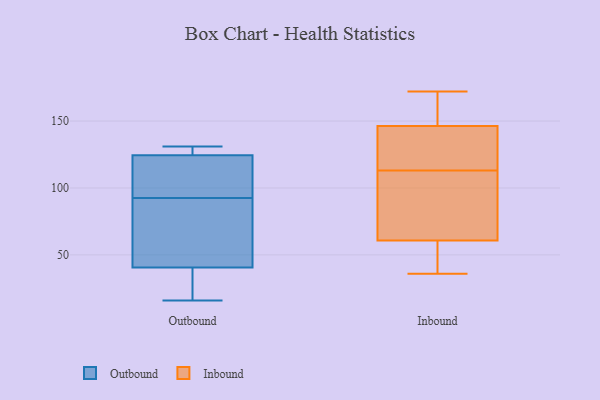
{"axis": {"x": "Latency (ms)", "y": "Value"}, "legend": ["Inbound", "Outbound"], "data": [{"x": "", "y": 16, "type": "Outbound"}, {"x": "", "y": 39, "type": "Outbound"}, {"x": "", "y": 21, "type": "Outbound"}, {"x": "", "y": 75, "type": "Outbound"}, {"x": "", "y": 126, "type": "Outbound"}, {"x": "", "y": 126, "type": "Outbound"}, {"x": "", "y": 50, "type": "Outbound"}, {"x": "", "y": 131, "type": "Outbound"}, {"x": "", "y": 123, "type": "Outbound"}, {"x": "", "y": 114, "type": "Outbound"}, {"x": "", "y": 42, "type": "Outbound"}, {"x": "", "y": 110, "type": "Outbound"}, {"x": "", "y": 65, "type": "Inbound"}, {"x": "", "y": 140, "type": "Inbound"}, {"x": "", "y": 36, "type": "Inbound"}, {"x": "", "y": 141, "type": "Inbound"}, {"x": "", "y": 38, "type": "Inbound"}, {"x": "", "y": 172, "type": "Inbound"}, {"x": "", "y": 171, "type": "Inbound"}, {"x": "", "y": 85, "type": "Inbound"}, {"x": "", "y": 147, "type": "Inbound"}, {"x": "", "y": 113, "type": "Inbound"}, {"x": "", "y": 100, "type": "Inbound"}, {"x": "", "y": 146, "type": "Inbound"}, {"x": "", "y": 48, "type": "Inbound"}]}